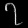
Digit: ၇